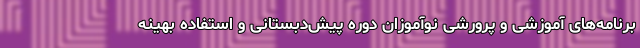
برنامه‌های آموزشی و پرورشی نوآموزان دوره پیش‌دبستانی و استفاده بهینه